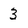
Character: 3